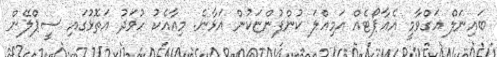
ބައިނަލް އަގްވާމީ އެއާޕޯޓެއް އަމިއްލަ ކުންފުންޏަކުން އަޅާނެ. މިއާއެކު ހުވަދު އަތޮޅުގައި ސީޕްލޭން